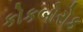
કોકબોરોક